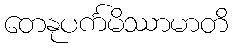
တေနုပင်္ကမိဿာမာတိ